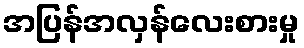
အပြန်အလှန်လေးစားမှု